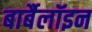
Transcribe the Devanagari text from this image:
बार्बैलॉइन